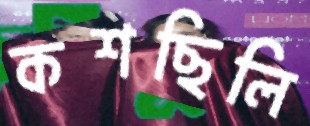
কশছিলি